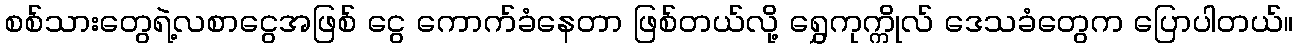
စစ်သားတွေရဲ့လစာငွေအဖြစ် ငွေ ကောက်ခံနေတာ ဖြစ်တယ်လို့ ရွှေကုက္ကိုလ် ဒေသခံတွေက ပြောပါတယ်။